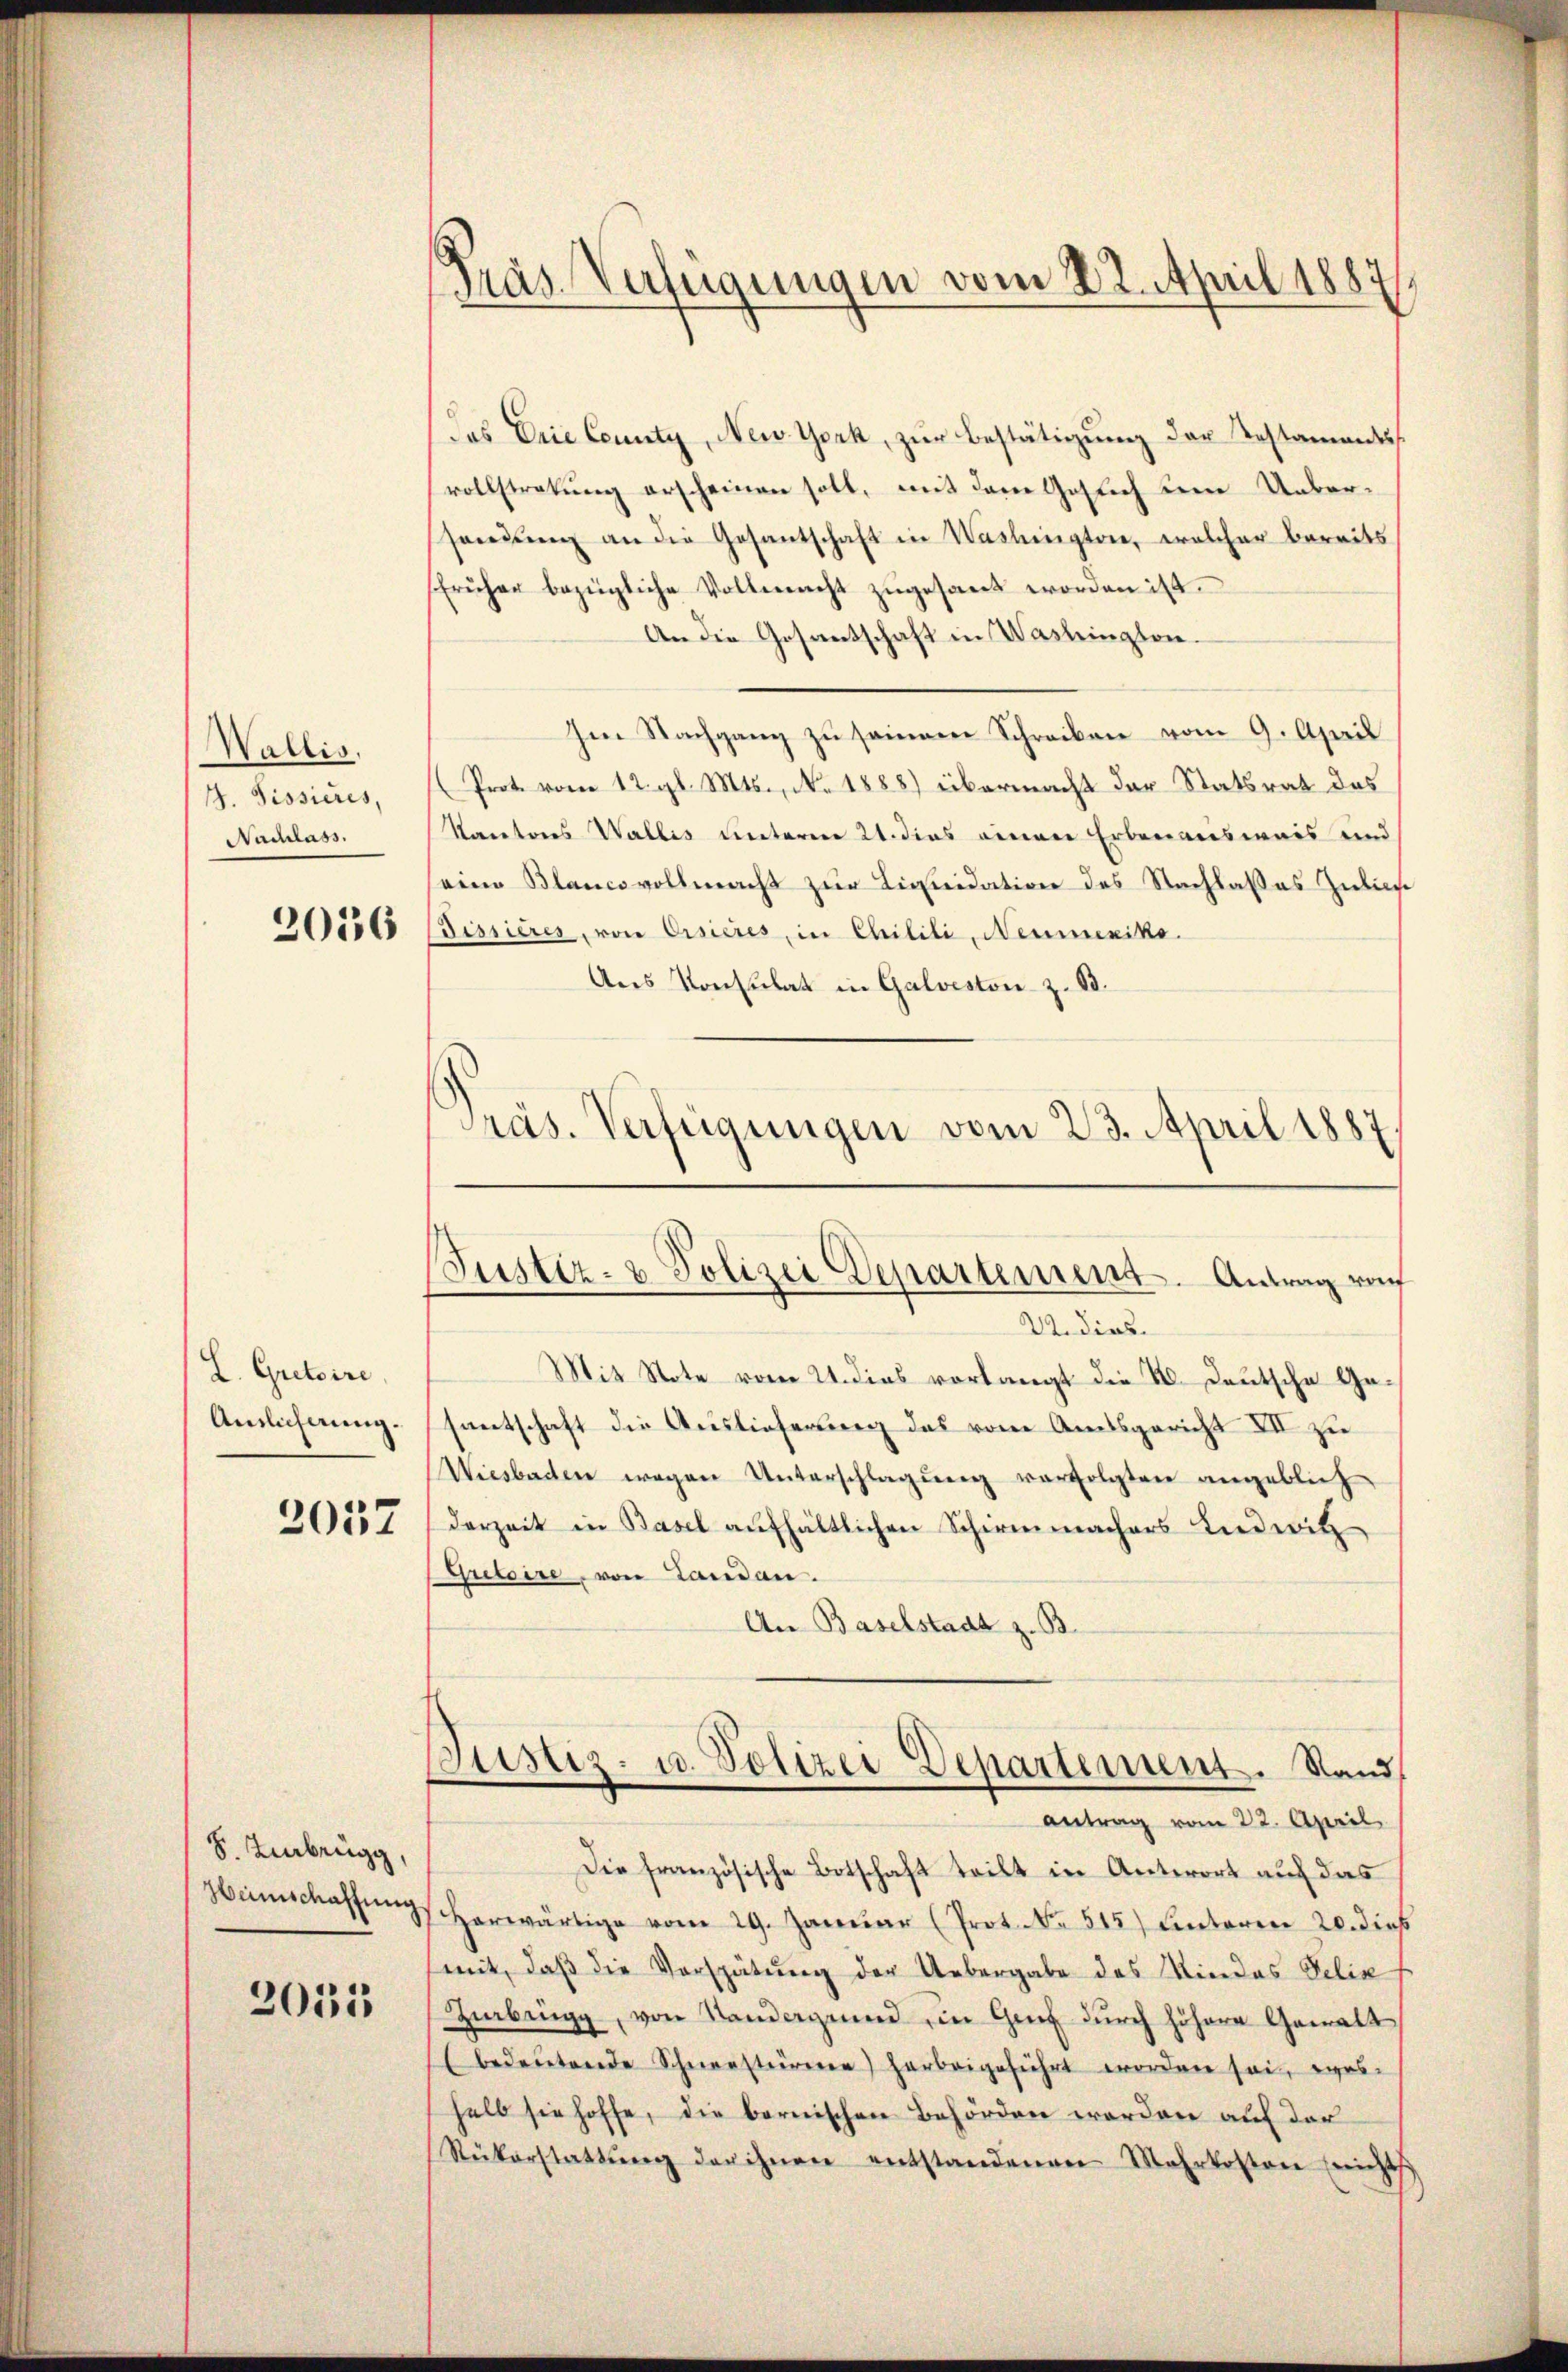
Wallis,
4. Sissieres,
Nachlass.
2056

L. Gretoire,
Antlicherung.
2037

8. Einbrügg,
Heimschaffung

2055

präs. Verfügungen vom 22. April 1887

Das Drie County, New York, zur Bestätigung der Testamentsvollstratung erscheinen soll, mit dem Gesuch dem Uebersandŭng an die Gesantschaft in Washington, welcher bereits
früher bezügliche Vollmacht zŭgesant worden ist.
An die Gesantschaft in Washington.
Im Nachgang zu seinen Schreiben vom 9. April
(Prot. vom 12. gl. Mts., No. 1888) übermacht der Statsrat des
Kantores Wallis unterm 24. dies einen Erbenensweis und
eine Blancovollmacht zur Liquidation des Nachlasses Zublic
Fissieres, von Ersières, in Chilili, Neumexiko
Aus Konsulat in Galveston z. B.
Präs. Verfügungen vom 23. April 1887,

Justiz- & Polizei Departement. Antrag vo

22. dies
Mit Note vom 21. dies vorlangt die 2. Deutsche Ge-
santschaft die Auslieferung des vom Amtsgericht XII zu
Wiesbaden wegen Unterschlagung verfolgten angeblich
derzeit in Basel aufhältlichen Schirmmachers Ludwitz
Gritoire, von Landau.
An Baselstadt z. B.
Justiz- u. Polizei Departement. Sand
antrag vom 22. April
Die französische Botschaft teilt in Antwort auf das
Horwärtige vom 29. Januar (Prot. NNo. 515) Unteren 20. dieß
mit, daβ die Verspätung der Uebergabe des Kindes Felix
Hebingg, von Standergrund in Genf durch höhere Gewalt
bedeŭtende Schneestürmen) herbeigeführt worden sei, was
halb sie hoffe, die bernischen Behörden worden auf der
Rükerstattŭng der ihnen entstandenen Mehrkosten (nichts